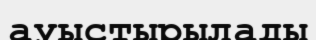
ауыстырылады